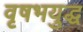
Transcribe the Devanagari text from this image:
वृषभयुद्ध